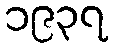
၁၉၃၇